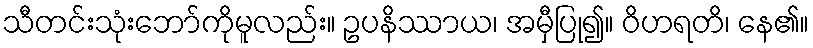
သီတင်းသုံးဘော်ကိုမူလည်း။ ဥပနိဿာယ၊ အမှီပြု၍။ ဝိဟရတိ၊ နေ၏။